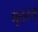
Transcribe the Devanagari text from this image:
भूतस्य